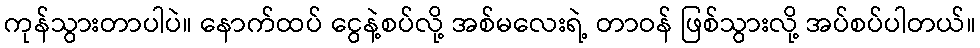
ကုန်သွားတာပါပဲ။ နောက်ထပ် ငွေနဲ့စပ်လို့ အစ်မလေးရဲ့ တာဝန် ဖြစ်သွားလို့ အပ်စပ်ပါတယ်။